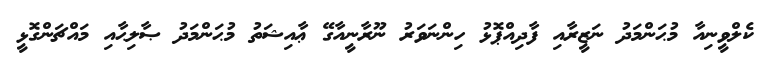
ކެލްވީނިއާ މުޙަންމަދު ނަޒީރާއި ފާދިއްޕޮޅު ހިންނަވަރު ނޫރާނީއާގޭ ޢާއިޝަތު މުޙަންމަދު ޞާލިޙާއި މައްޗަންގޮޅީ